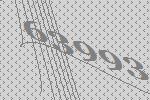
63993